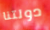
دولتنا